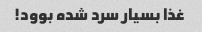
غذا بسیار سرد شده بوود!